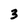
Character: 3